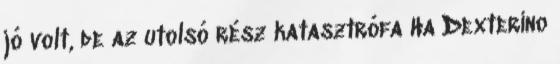
jó volt, de az utolsó rész katasztrófa Ha Dexterino